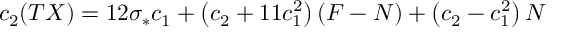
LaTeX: c _ { 2 } ( T X ) = 1 2 \sigma _ { * } c _ { 1 } + \left( c _ { 2 } + 1 1 c _ { 1 } ^ { 2 } \right) ( F - N ) + \left( c _ { 2 } - c _ { 1 } ^ { 2 } \right) N